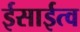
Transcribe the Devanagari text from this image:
ईसाईत्व